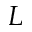
L